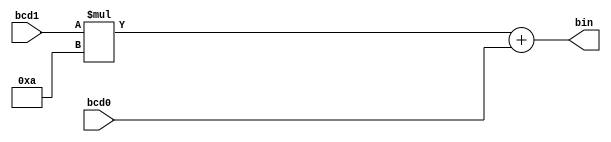
module bcd2bin_direct
   (
    input wire [3:0] bcd1, bcd0,
    output wire [6:0] bin
   );

   assign bin = (bcd1 * 4'b1010) + {3'b0, bcd0};
endmodule